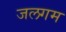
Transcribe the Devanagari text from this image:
जलगम